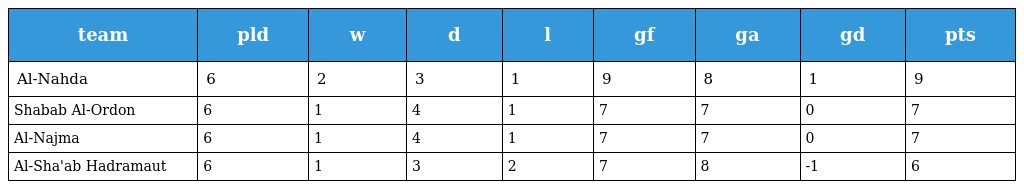
| team | pld | w | d | l | gf | ga | gd | pts |
 | --- | --- | --- | --- | --- | --- | --- | --- | --- |
 | Al-Nahda | 6 | 2 | 3 | 1 | 9 | 8 | 1 | 9 |
 | Shabab Al-Ordon | 6 | 1 | 4 | 1 | 7 | 7 | 0 | 7 |
 | Al-Najma | 6 | 1 | 4 | 1 | 7 | 7 | 0 | 7 |
 | Al-Sha'ab Hadramaut | 6 | 1 | 3 | 2 | 7 | 8 | -1 | 6 |